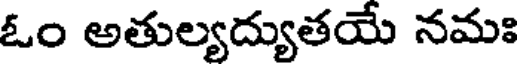
ఓం అతుల్యద్యుతయే నమః